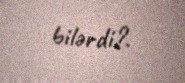
bilərdi?.